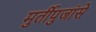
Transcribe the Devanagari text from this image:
मुर्तीपुजांसे